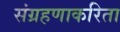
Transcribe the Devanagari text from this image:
संग्रहणाकरिता